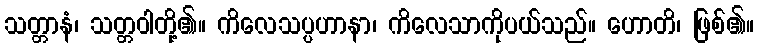
သတ္တာနံ၊ သတ္တဝါတို့၏။ ကိလေသပ္ပဟာနာ၊ ကိလေသာကိုပယ်သည်။ ဟောတိ၊ ဖြစ်၏။